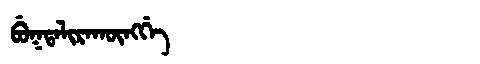
Manchu: ᠪᡠᡴᡨᠠᠯᡳᡵᠠᡴᡡᠩᡤᡝ
Romanization: BUKTALIRAKŪNGGE